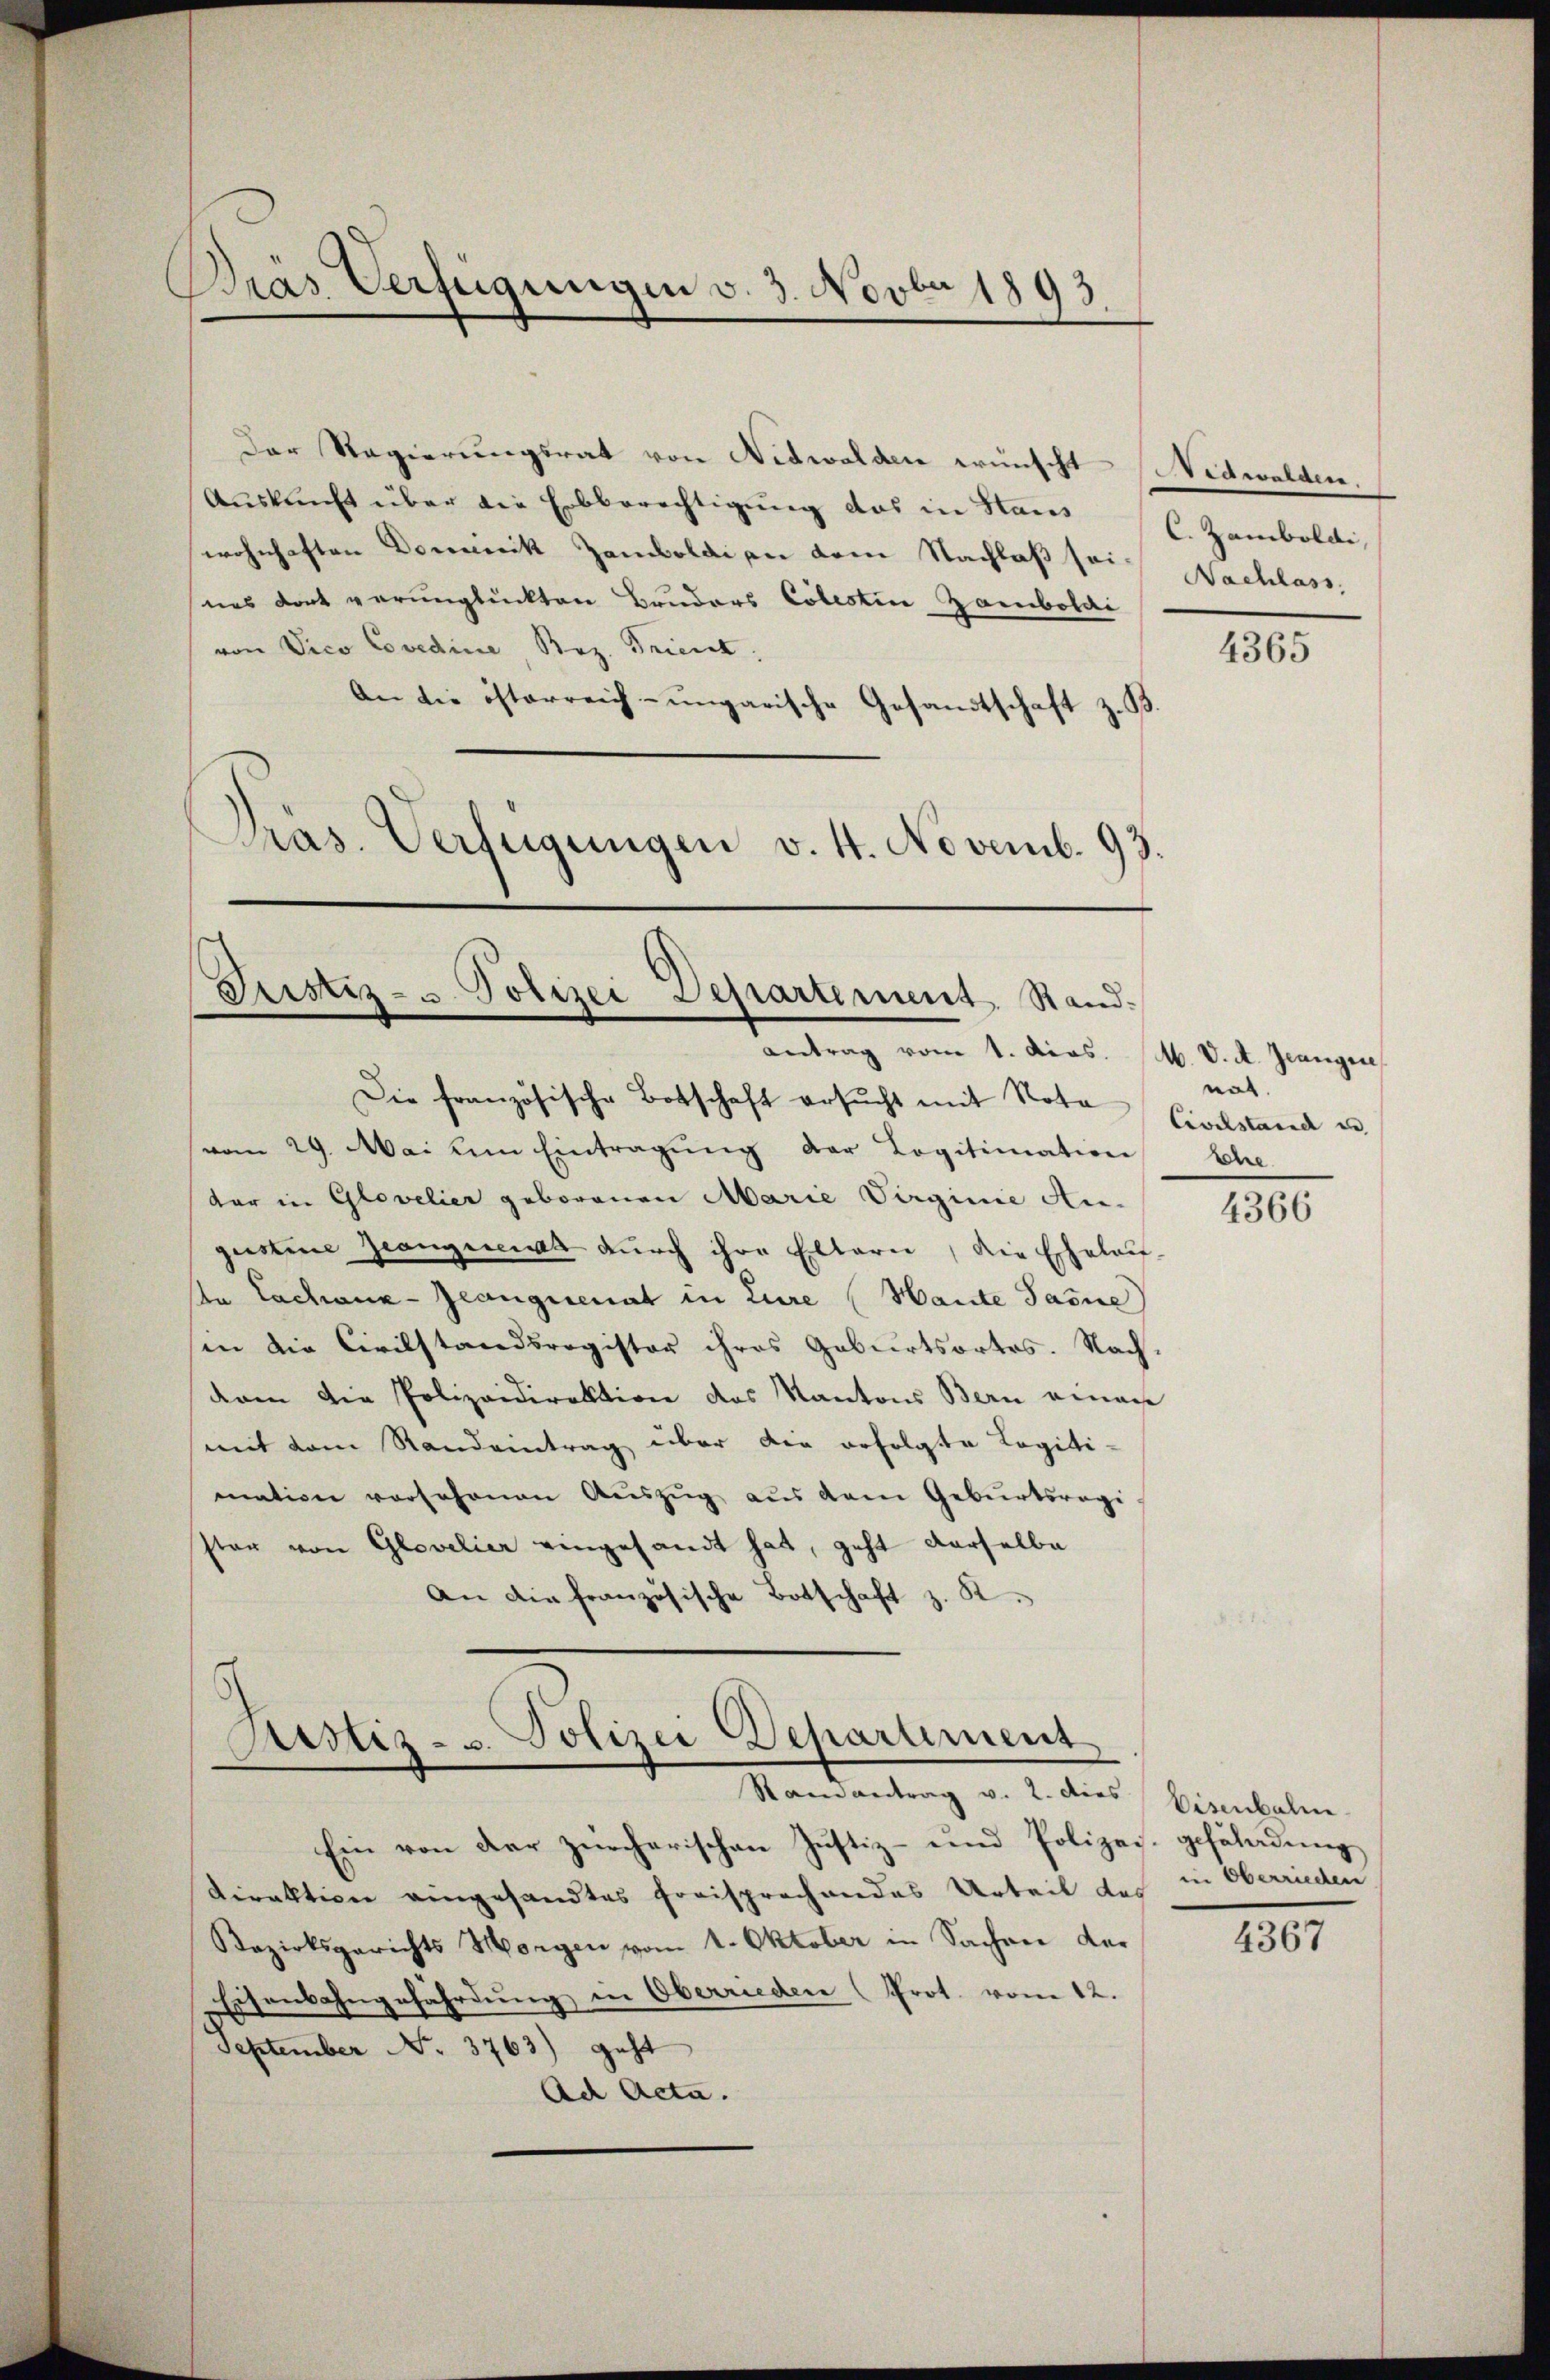
Dras Verfügungen v. 3. Novbr 1893.

Der Regierungsrat von Nidwalden wünscht Nidwalden.
Auskunft über die Erbberechtigung das in Nams C. Zamboldi,
wohnhaften Dominik Zamboldi an dem Nachlaß sei Nachlass
nes dort verunglückten Bruders Colestin Zambolai
von Vice Covedine Bez. Trient;
An die österreich-ungarische Gesandtschaft z. B.
Pras. Verfügungen v. 4. Novemb. 93.

Justiz- u. Polizei Departement. Standantrag vom 1. Dias. M. V. A. Jeangere

Die französische Botschaft ersŭcht mit Nota
(vom 29. Mai um Eintragŭng der Logitimation
tar in Glavelier geborenen Marie Virginie An-
gustine Zwangeeint durch ihre Eltern, die Echalau-
An Lachanz-Zeangienat in Eure (Hante Jasne
in die Civilstandsregister ihres Geburtsortes. Nach-
dam die Polizeidirektion des Kantons Bern einen
mit dem Randeintrag über die erfolgte Legiti-
mation vorschonen Auszug aus dem Geburtsregi
ster von Glovelier eingesandt hat, geht derselbe
An die französische Botschaft z. B.

Arstiz- u. Polizei Departement,
Stamantrag v. 2. dies

Ein von der zürcherischen Justiz- und Polizei- gefüladung
Direktion eingesandtes Freisprechendes Urteil des in Oberrieden
Bezirksgerichts Morgen vom 1. Oktober in Sachen der
Eisenbahngefährdung in Oberrieden Prot. vom 12.
September No. 3763) geht
Ad Acta.

4365

nat.
Civilstand un
Ehe

4366

Eisenbahn

4367